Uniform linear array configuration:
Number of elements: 32
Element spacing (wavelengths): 1
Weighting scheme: hamming
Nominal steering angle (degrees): -15
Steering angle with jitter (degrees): -15.759
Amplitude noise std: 0.05
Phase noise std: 0.05

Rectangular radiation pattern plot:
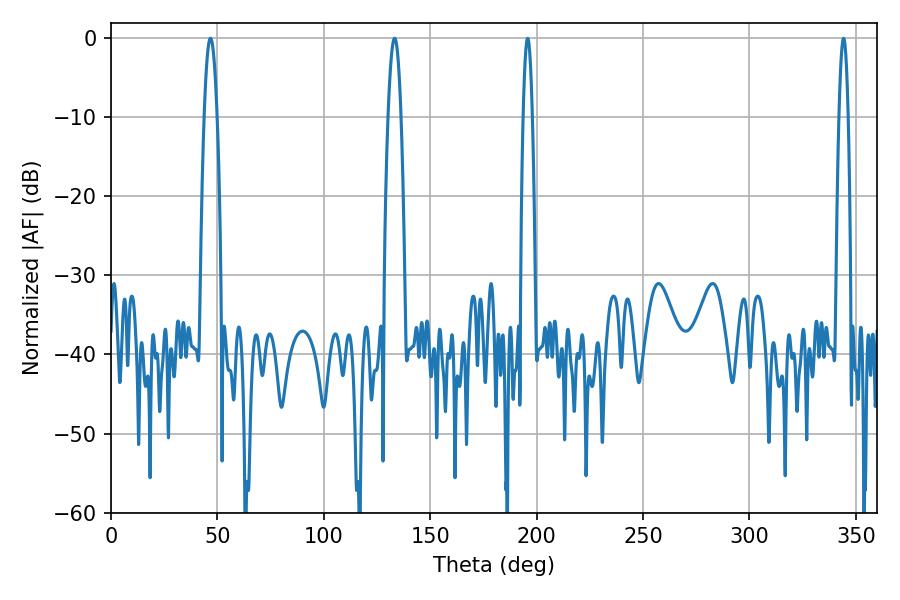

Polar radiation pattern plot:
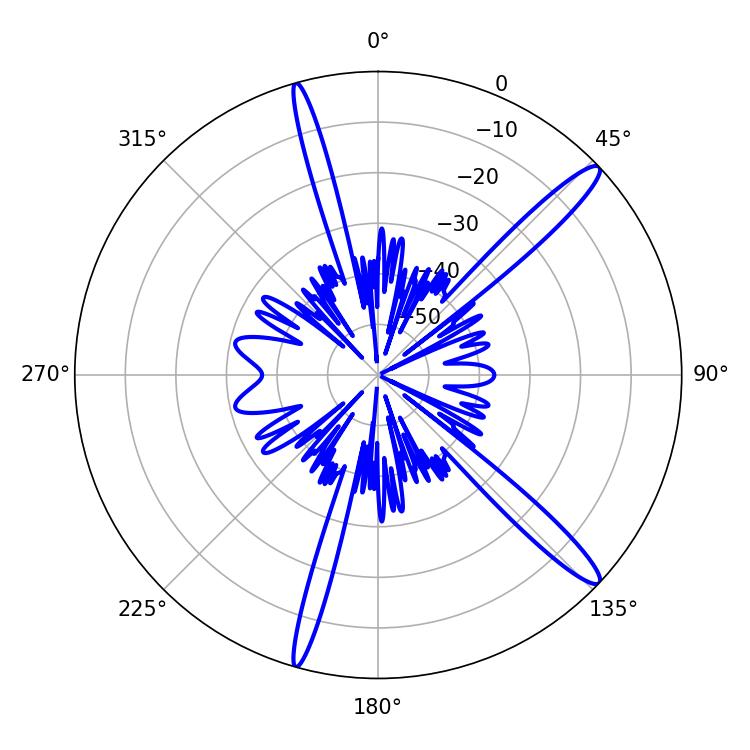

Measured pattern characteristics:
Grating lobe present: TRUE
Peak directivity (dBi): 14.699
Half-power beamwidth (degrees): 3.24
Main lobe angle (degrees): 133.2